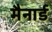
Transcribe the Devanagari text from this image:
मैनार्ड